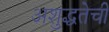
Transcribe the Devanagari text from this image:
अशुद्धतेची